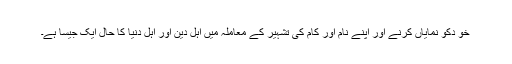
خو دکو نمایاں کرنے اور اپنے نام اور کام کی تشہیر کے معاملہ میں اہل دین اور اہل دنیا کا حال ایک جیسا ہے۔